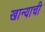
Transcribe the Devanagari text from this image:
खान्याची